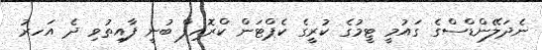
ނެދަލޭންޑްސްގެ ގައުމީ ޓީމުގެ ކުރީގެ ކެޕްޓަން ކްރޮއިފް ބުނީ ފާއިތުވި ދެ އަަހރު